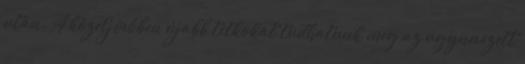
után. A közeljövőben újabb titkokat tudhatunk meg az úgynevezett